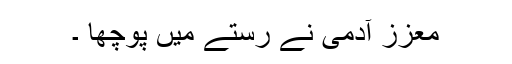
معزز آدمی نے رستے میں پوچھا ۔